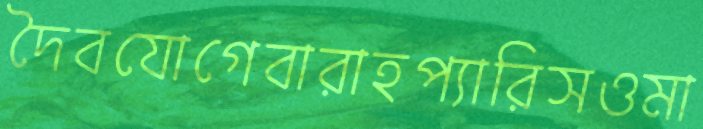
দৈবযোগেবারাহপ্যারিসওমা